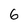
Character: 6